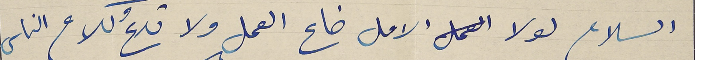
السلام لولا الامل الامل ضاع العمل ولا تدعُ كلام الناس